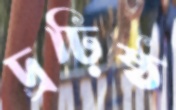
দ্রঢ়িষ্ঠ